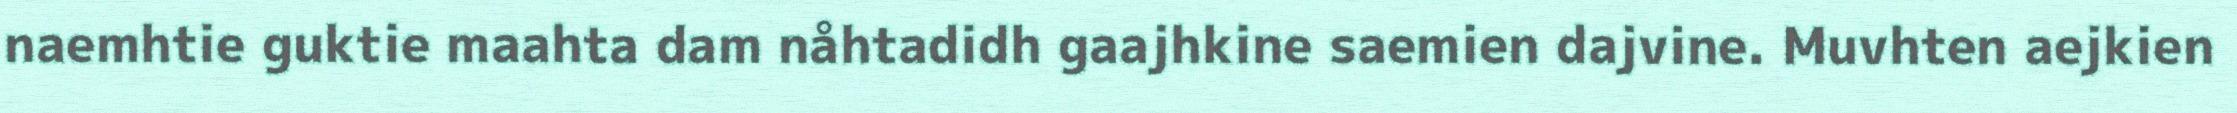
naemhtie guktie maahta dam nåhtadidh gaajhkine saemien dajvine. Muvhten aejkien